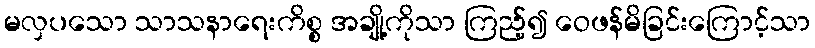
မလှပသော သာသနာရေးကိစ္စ အချို့ကိုသာ ကြည့်၍ ဝေဖန်မိခြင်းကြောင့်သာ